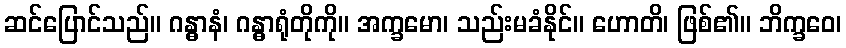
ဆင်ပြောင်သည်။ ဂန္ဓာနံ၊ ဂန္ဓာရုံတိုကို။ အက္ခမော၊ သည်းမခံနိုင်။ ဟောတိ၊ ဖြစ်၏။ ဘိက္ခဝေ၊